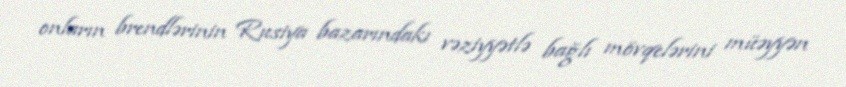
onların brendlərinin Rusiya bazarındakı vəziyyətlə bağlı mövqelərini müəyyən